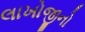
લાખોજીનો